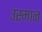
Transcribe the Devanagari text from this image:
उस्‍मान